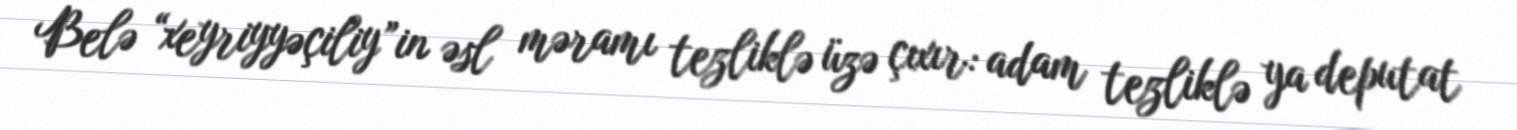
Belə “xeyriyyəçiliy”in əsl məramı tezliklə üzə çıxır: adam tezliklə ya deputat